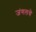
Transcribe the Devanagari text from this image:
जंगलचे